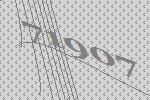
71907